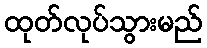
ထုတ်လုပ်သွားမည်